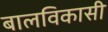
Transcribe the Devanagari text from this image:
बालविकासी